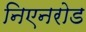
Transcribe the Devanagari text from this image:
निएनरोड